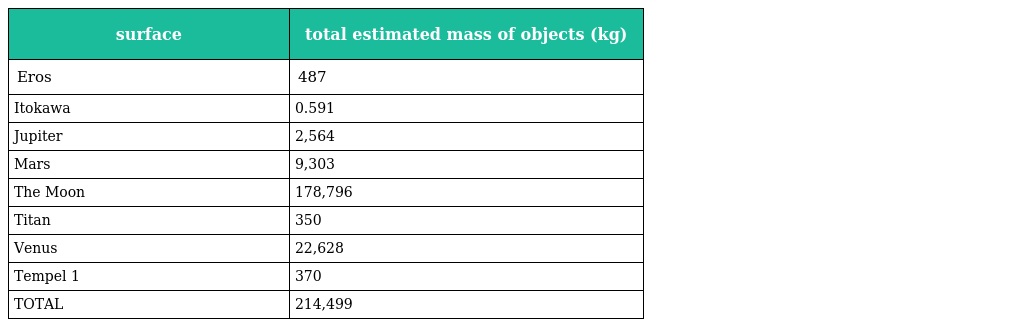
| surface | total estimated mass of objects (kg) |
 | --- | --- |
 | Eros | 487 |
 | Itokawa | 0.591 |
 | Jupiter | 2,564 |
 | Mars | 9,303 |
 | The Moon | 178,796 |
 | Titan | 350 |
 | Venus | 22,628 |
 | Tempel 1 | 370 |
 | TOTAL | 214,499 |